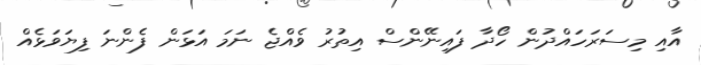
އާއި މިސަރަހައްދުން ހޯދާ ފައިނޭންސް އިތުރު ވެއްޖެ ނަމަ އަޅަން ފެންނަ ފިޔަވަޅެއް